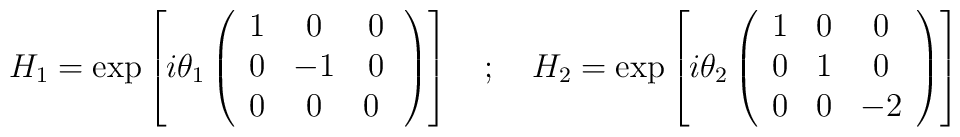
H_1 = \exp \left[i \theta_1 \left( \begin{array}{ccc}    1 & 0 & 0 \\    0 & -1 & 0 \\    0 & 0 & 0 \  \end{array}\right) \right] \quad ; \quad   H_2 = \exp \left[i \theta_2 \left(\begin{array}{ccc}     1 & 0 & 0 \\     0 & 1 & 0 \\     0 & 0 & -2 \\   \end{array} \right) \right]